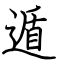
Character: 遁